Plague in India, 1896, 1897 - Volume 1
Year: 1896
Disease focus: Plague
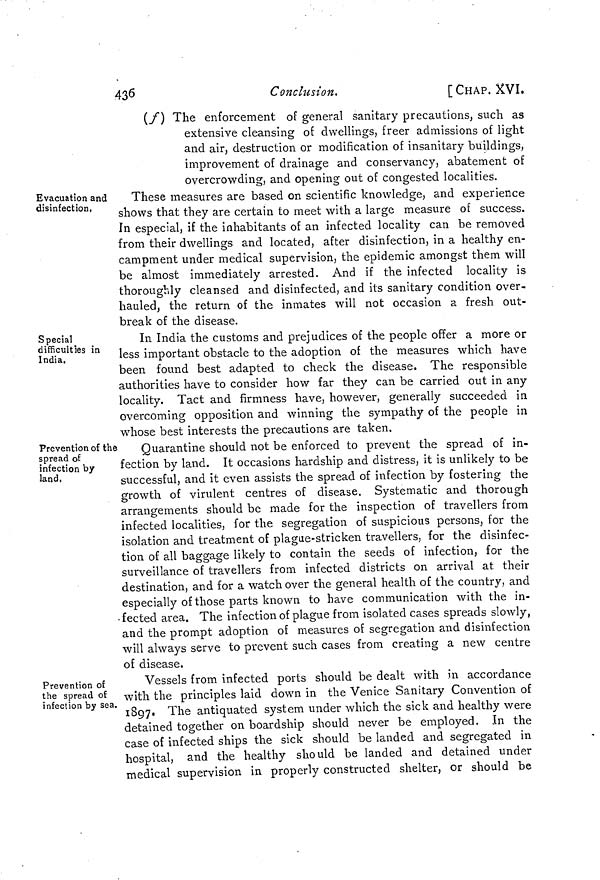
436
Conclusion.
[ CHAP. XVI.
(f] The enforcement of general sanitary precautions, such as
extensive cleansing of dwellings, freer admissions of light
and air, destruction or modification of insanitary buildings,
improvement of drainage and conservancy, abatement of
overcrowding, and opening out of congested localities.
Evacuation and
disinfection,
These measures are based on scientific knowledge, and experience
shows that they are certain to meet with a large measure of success.
In especial, if the inhabitants of an infected locality can be removed
from their dwellings and located, after disinfection, in a healthy en-
campment under medical supervision, the epidemic amongst them will
be almost immediately arrested. And if the infected locality is
thoroughly cleansed and disinfected, and its sanitary condition over-
hauled, the return of the inmates will not occasion a fresh out-
break of the disease.
Special
difficulties in
India.
In India the customs and prejudices of the people offer a more or
less important obstacle to the adoption of the measures which have
been found best adapted to check the disease. The responsible
authorities have to consider how far they can be carried out in any
locality. Tact and firmness have, however, generally succeeded in
overcoming opposition and winning the sympathy of the people in
whose best interests the precautions are taken.
Prevention of the
spread of
infection by
land,
Quarantine should not be enforced to prevent the spread of in-
fection by land. It occasions hardship and distress, it is unlikely to be
successful, and it even assists the spread of infection by fostering the
growth of virulent centres of disease. Systematic and thorough
arrangements should be made for the inspection of travellers from
infected localities, for the segregation of suspicious persons, for the
isolation and treatment of plague-stricken travellers, for the disinfec-
tion of all baggage likely to contain the seeds of infection, for the
surveillance of travellers from infected districts on arrival at their
destination, and for a watch over the general health of the country, and
especially of those parts known to have communication with the in-
fected area. The infection of plague from isolated cases spreads slowly,
and the prompt adoption of measures of segregation and disinfection
will always serve to prevent such cases from creating a new centre
of disease.
Prevention of
the spread of
infection by sea.
Vessels from infected ports should be dealt with in accordance
with the principles laid down in the Venice Sanitary Convention of
1897. The antiquated system under which the sick and healthy were
detained together on boardship should never be employed. In the
case of infected ships the sick should be landed and segregated in
hospital, and the healthy should be landed and detained under
medical supervision in properly constructed shelter, or should be